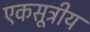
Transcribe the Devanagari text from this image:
एकसूत्रीय